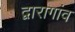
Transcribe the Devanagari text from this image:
द्वारागांव